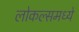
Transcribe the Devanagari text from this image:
लोकल्समध्ये